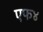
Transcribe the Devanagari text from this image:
एफ४